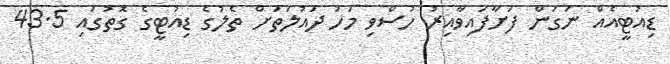
ޑިއުޓީއެއް ނަގަން ފަށާފައިވާއިރު ހުސްވި މަހު ދައުލަތަށް ތެލުގެ ޑިއުޓީގެ ގޮތުގައި 43.5